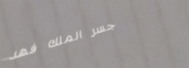
جسر الملك فهد